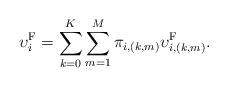
LaTeX: \begin{align*}\upsilon^\textrm{F}_i = \sum\limits_{k=0}^{K}\sum\limits_{m=1}^{M}\pi_{i,(k,m)}\upsilon^\textrm{F}_{i,(k,m)}.\end{align*}